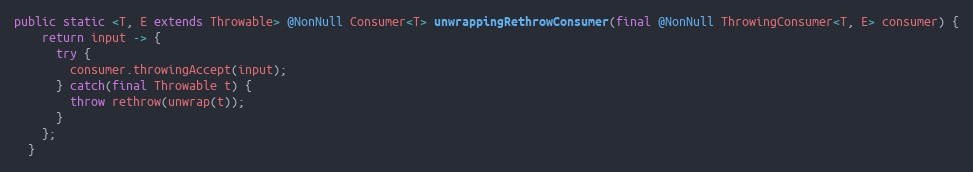
Language: Java
public static <T, E extends Throwable> @NonNull Consumer<T> unwrappingRethrowConsumer(final @NonNull ThrowingConsumer<T, E> consumer) {
    return input -> {
      try {
        consumer.throwingAccept(input);
      } catch(final Throwable t) {
        throw rethrow(unwrap(t));
      }
    };
  }